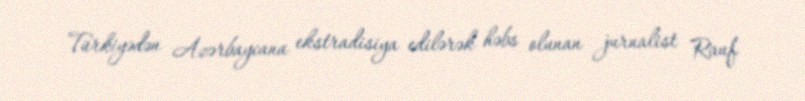
Türkiyədən Azərbaycana ekstradisiya edilərək həbs olunan jurnalist Rauf